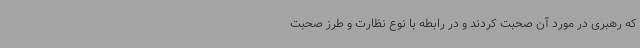
که رهبری در مورد آن صحبت کردند و در رابطه با نوع نظارت و طرز صحبت